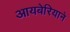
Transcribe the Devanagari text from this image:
आयबेरियाने